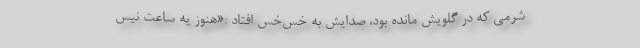
شرمی که در گلویش مانده بود، صدایش به خس‌خس افتاد :«هنوز یه ساعت نیس